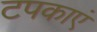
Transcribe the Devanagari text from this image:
टपकाएं